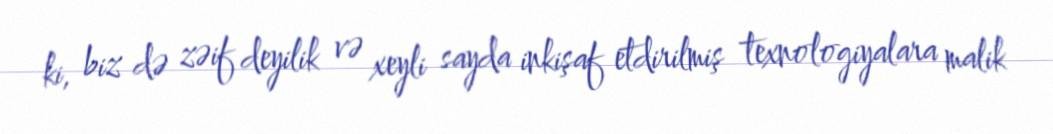
ki, biz də zəif deyilik və xeyli sayda inkişaf etdirilmiş texnologiyalara malik